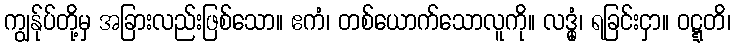
ကျွန်ုပ်တို့မှ အခြားလည်းဖြစ်သော။ ဧကံ၊ တစ်ယောက်သောလူကို။ လဒ္ဓုံ၊ ရခြင်းငှာ။ ဝဋ္ဋတိ၊